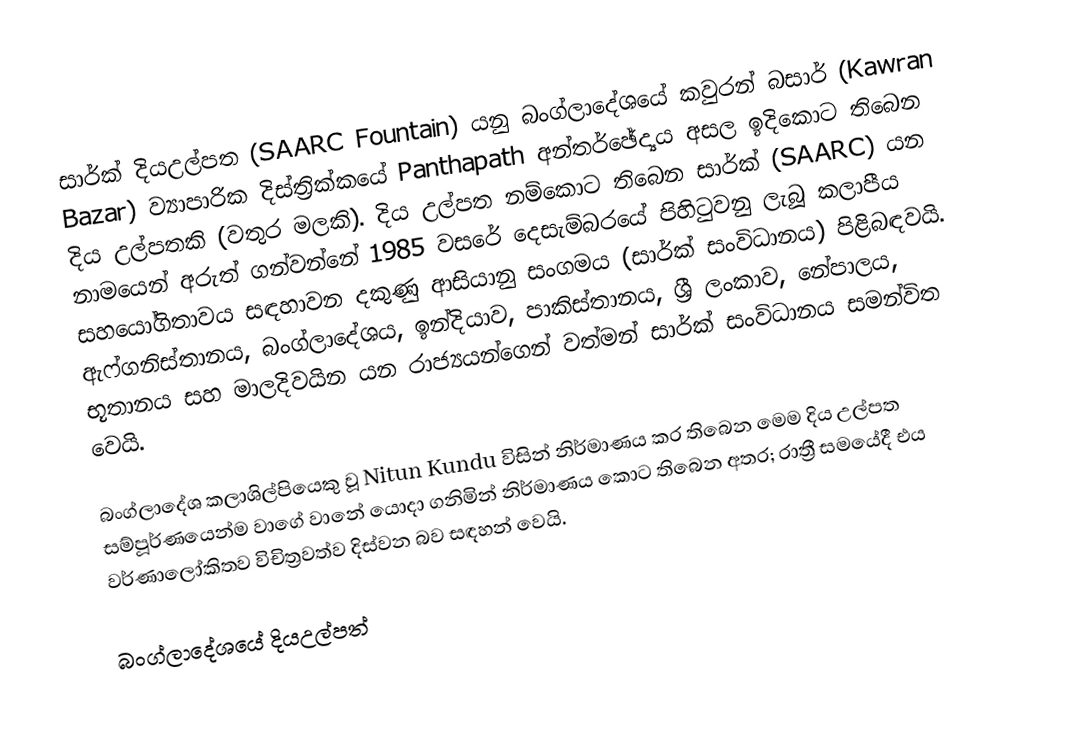
සාර්ක් දියඋල්පත  (SAARC Fountain) යනු බංග්ලාදේශයේ කවුරන් බසාර් (Kawran Bazar) ව්‍යාපාරික දිස්ත්‍රික්කයේ Panthapath අන්තර්ඡේද්‍යය අසල ඉදිකොට තිබෙන දිය උල්පතකි (වතුර මලකි). දිය උල්පත නම්කොට තිබෙන සාර්ක් (SAARC) යන නාමයෙන් අරුත් ගන්වන්නේ 1985 වසරේ දෙසැම්බරයේ පිහිටුවනු ලැබූ කලාපීය සහයෝගිතාවය සඳහාවන දකුණු ආසියානු සංගමය (සාර්ක් සංවිධානය) පිළිබඳවයි. ඇෆ්ගනිස්තානය, බංග්ලාදේශය, ඉන්දියාව, පාකිස්තානය, ශ්‍රී ලංකාව, නේපාලය, භූතානය සහ මාලදිවයින යන රාජ්‍යයන්ගෙන් වත්මන් සාර්ක් සංවිධානය සමන්විත වෙයි.

බංග්ලාදේශ කලාශිල්පියෙකු වූ Nitun Kundu විසින් නිර්මාණය කර තිබෙන මෙම දිය උල්පත සම්පූර්ණයෙන්ම වාගේ වානේ යොදා ගනිමින් නිර්මාණය කොට තිබෙන අතර; රාත්‍රී සමයේදී එය වර්ණාලෝකිතව විචිත්‍රවත්ව දිස්වන බව සඳහන් වෙයි.

බංග්ලාදේශයේ දියඋල්පත්